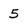
Character: 5